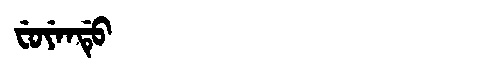
Manchu: ᠸᡠᠶᡝᠨᡩᡠ
Romanization: FUYENDU